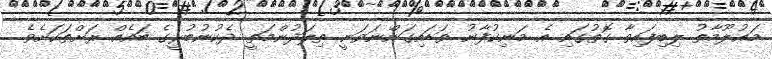
މަޢުލޫމާތު ލިބިފައިވާ ގޮތުގައި އެ މަނިކުފާނު ވަޑައިގަންނަވަނީ ތިލަދުންމަތީ ދެކުނުބުރީގެ ބައެއް ރަށްތަކަށެވެ.